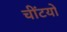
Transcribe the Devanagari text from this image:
चींटयों